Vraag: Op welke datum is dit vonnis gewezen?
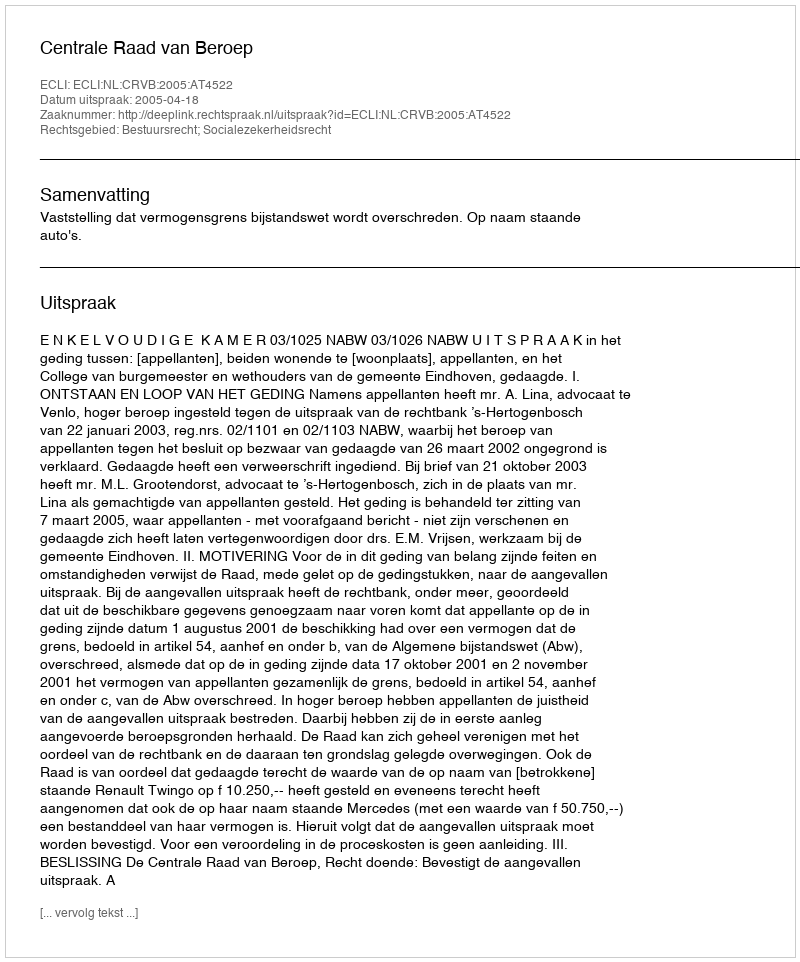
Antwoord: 2005-04-18